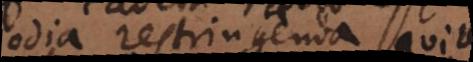
odia restringenda, quia